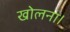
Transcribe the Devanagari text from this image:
खोलना।